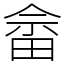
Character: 畲